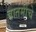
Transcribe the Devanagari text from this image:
बातमींचे